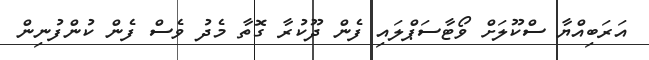
އަރަބިއްޔާ ސްކޫލަށް ވޯޓާސަޕްލައި ފެން ދޫކުރާ ގޮތާ މެދު ވެސް ފެން ކުންފުނިން